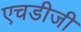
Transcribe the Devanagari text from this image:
एचडीजी